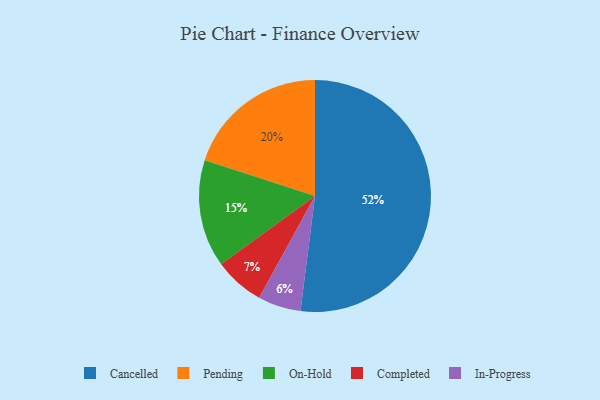
{"axis": {"x": "Category", "y": "Percentage"}, "legend": ["Cancelled", "Completed", "In-Progress", "On-Hold", "Pending"], "data": [{"x": "In-Progress", "y": 6, "type": "In-Progress"}, {"x": "Pending", "y": 20, "type": "Pending"}, {"x": "On-Hold", "y": 15, "type": "On-Hold"}, {"x": "Completed", "y": 7, "type": "Completed"}, {"x": "Cancelled", "y": 52, "type": "Cancelled"}]}